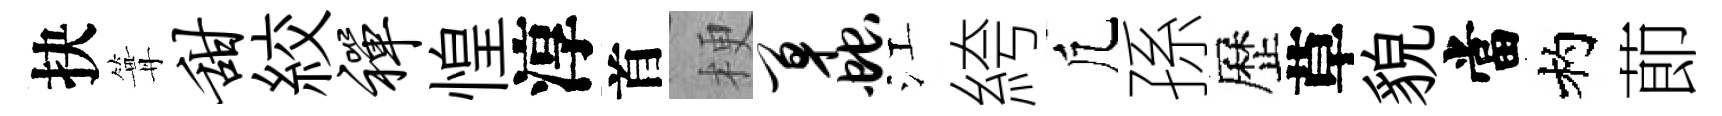
抉篝甜絞禅惶淳首梗蠡江絝凢孫歷草貌當杓莭